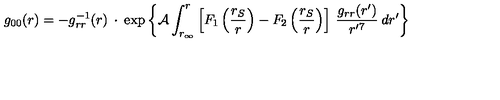
g _ { 0 0 } ( r ) = - g _ { r r } ^ { - 1 } ( r ) \: \cdot \: \exp \left\lbrace { \cal A } \int _ { r _ { \infty } } ^ { r } \left\lbrack F _ { 1 } \left( \frac { r _ { S } } { r } \right) - F _ { 2 } \left( \frac { r _ { S } } { r } \right) \right\rbrack \: \frac { g _ { r r } ( r ^ { \prime } ) } { r ^ { \prime 7 } } \: d r ^ { \prime } \right\rbrace